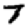
Digit: 7